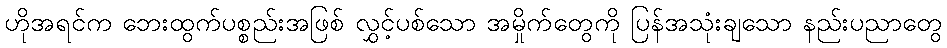
ဟိုအရင်က ဘေးထွက်ပစ္စည်းအဖြစ် လွှင့်ပစ်သော အမှိုက်တွေကို ပြန်အသုံးချသော နည်းပညာတွေ